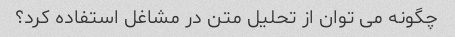
چگونه می توان از تحلیل متن در مشاغل استفاده کرد؟